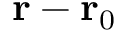
\mathbf { r } - \mathbf { r } _ { 0 }